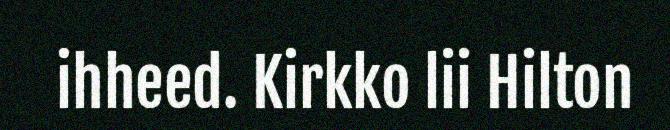
ihheed. Kirkko lii Hilton